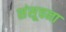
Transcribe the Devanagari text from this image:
संसूचना